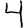
Digit: 4